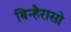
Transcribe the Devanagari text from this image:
बिन्हैरासो